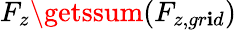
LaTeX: F_{z}\getssum(F_{z,gr\mathbf{i}d})